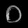
Digit: ၀